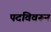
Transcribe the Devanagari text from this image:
पदविवरून